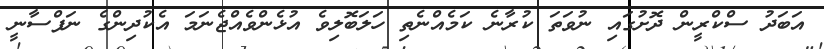
އަބަދު ސްކްރީން ދޮށުގައި ނުވަތަ ކުރާނެ ކަމެއްނެތި ހަލަބޮލިވެ އުޅެންވެއްޖެނަަމަ އެކުދިންގެ ނަފްސާނީ